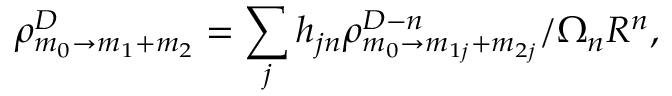
\rho _ { m _ { 0 } \rightarrow m _ { 1 } + m _ { 2 } } ^ { D } = \sum _ { j } h _ { j n } \rho _ { m _ { 0 } \rightarrow m _ { 1 j } + m _ { 2 j } } ^ { D - n } / \Omega _ { n } R ^ { n } ,